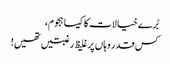
بُرے خیالات کا کیسا ہجوم،
کس قدر وہاں پر غلیظ رغبتیں تھیں!